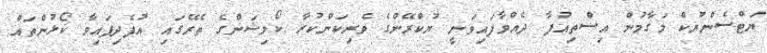
ޔަޓްސެންޔުކް މަގާމުން އިސްތިއުފާ ދެއްވާފައިވަނީ ޔުކްރޭންގެ ވެރިކަންކުރާ ކޯލިޝަންގެ ތެރޭގައި އުފެދިފައިވާ ކޯޅުންތައް